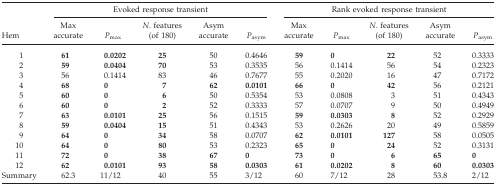
<table><thead><tr><td></td><td colspan="5"><b>Evoked response transient</b></td><td colspan="5"><b>Rank evoked response transient</b></td></tr><tr><td><b>Hem</b></td><td><b>Max accurate</b></td><td><b><i>P</i><sub>max</sub></b></td><td><b><i>N</i>. features (of 180)</b></td><td><b>Asym accurate</b></td><td><b><i>P</i><sub>asym</sub></b></td><td><b>Max accurate</b></td><td><b><i>P</i><sub>max</sub></b></td><td><b><i>N</i>. features (of 180)</b></td><td><b>Asym accurate</b></td><td><b><i>P</i><sub>asym</sub></b></td></tr></thead><tbody><tr><td> 1</td><td><b>61</b></td><td><b>0.0202</b></td><td><b>25</b></td><td>50</td><td>0.4646</td><td><b>59</b></td><td><b>0</b></td><td><b>22</b></td><td>52</td><td>0.3333</td></tr><tr><td> 2</td><td><b>59</b></td><td><b>0.0404</b></td><td><b>70</b></td><td>53</td><td>0.3535</td><td>56</td><td>0.1414</td><td>56</td><td>54</td><td>0.2323</td></tr><tr><td> 3</td><td>56</td><td>0.1414</td><td>83</td><td>46</td><td>0.7677</td><td>55</td><td>0.2020</td><td>16</td><td>47</td><td>0.7172</td></tr><tr><td> 4</td><td><b>68</b></td><td><b>0</b></td><td><b>7</b></td><td><b>62</b></td><td><b>0.0101</b></td><td><b>66</b></td><td><b>0</b></td><td><b>42</b></td><td>56</td><td>0.2121</td></tr><tr><td> 5</td><td><b>60</b></td><td><b>0</b></td><td><b>6</b></td><td>50</td><td>0.5354</td><td>53</td><td>0.0808</td><td>3</td><td>51</td><td>0.4343</td></tr><tr><td> 6</td><td><b>60</b></td><td><b>0</b></td><td><b>2</b></td><td>52</td><td>0.3333</td><td>57</td><td>0.0707</td><td>9</td><td>50</td><td>0.4949</td></tr><tr><td> 7</td><td><b>63</b></td><td><b>0.0101</b></td><td><b>25</b></td><td>56</td><td>0.1515</td><td><b>59</b></td><td><b>0.0303</b></td><td><b>8</b></td><td>52</td><td>0.2929</td></tr><tr><td> 8</td><td><b>59</b></td><td><b>0.0404</b></td><td><b>15</b></td><td>51</td><td>0.4343</td><td>53</td><td>0.2626</td><td>20</td><td>49</td><td>0.5859</td></tr><tr><td> 9</td><td><b>64</b></td><td><b>0</b></td><td><b>34</b></td><td>58</td><td>0.0707</td><td><b>62</b></td><td><b>0.0101</b></td><td><b>127</b></td><td>58</td><td>0.0505</td></tr><tr><td> 10</td><td><b>64</b></td><td><b>0</b></td><td><b>80</b></td><td>53</td><td>0.2323</td><td><b>65</b></td><td><b>0</b></td><td><b>24</b></td><td>52</td><td>0.3131</td></tr><tr><td> 11</td><td><b>72</b></td><td><b>0</b></td><td><b>38</b></td><td><b>67</b></td><td><b>0</b></td><td><b>73</b></td><td><b>0</b></td><td><b>6</b></td><td><b>65</b></td><td><b>0</b></td></tr><tr><td> 12</td><td><b>62</b></td><td><b>0.0101</b></td><td><b>93</b></td><td><b>58</b></td><td><b>0.0303</b></td><td><b>61</b></td><td><b>0.0202</b></td><td><b>8</b></td><td><b>60</b></td><td><b>0.0303</b></td></tr><tr><td>Summary</td><td>62.3</td><td>11/12</td><td>40</td><td>55</td><td>3/12</td><td>60</td><td>7/12</td><td>28</td><td>53.8</td><td>2/12</td></tr></tbody></table>